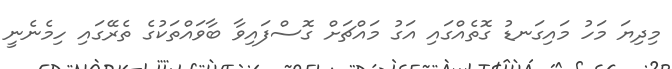
މިދިޔަ މަހު މައިގަނޑު ގޮތެއްގައި އަގު މައްޗަށް ގޮސްފައިވާ ބާވައްތަކުގެ ތެރޭގައި ހިމެނެނީ